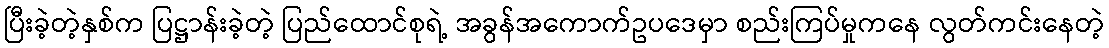
ပြီးခဲ့တဲ့နှစ်က ပြဋ္ဌာန်းခဲ့တဲ့ ပြည်ထောင်စုရဲ့ အခွန်အကောက်ဥပဒေမှာ စည်းကြပ်မှုကနေ လွတ်ကင်းနေတဲ့